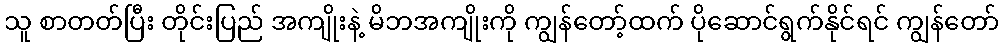
သူ စာတတ်ပြီး တိုင်းပြည် အကျိုးနဲ့ မိဘအကျိုးကို ကျွန်တော့်ထက် ပိုဆောင်ရွက်နိုင်ရင် ကျွန်တော်